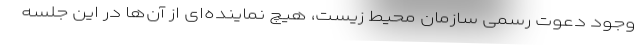
وجود دعوت رسمی سازمان محیط زیست، هیچ نماینده‌ای از آن‌ها در این جلسه